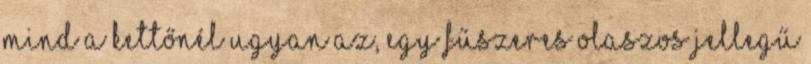
mind a kettőnél ugyan az, egy fűszeres olaszos jellegű